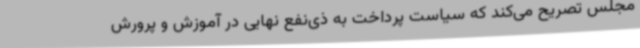
مجلس تصریح می‌کند که سیاست پرداخت به ذی‌نفع نهایی در آموزش و پرورش